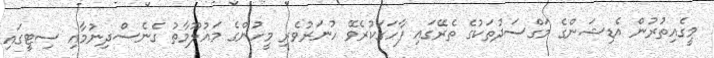
މީގެއިތުރުން އެޑިޝަންގެ މަގްސަދުތަކުގެ ތެރޭގައި ފާހަގަކުރެވޭ ހުނަރުވެރި މީހުންގެ މައުލޫމާތު ގެނެސްދިނުމާއި ސިޓީގައި